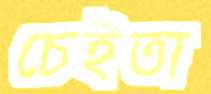
চেইতা